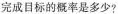
完成目标的概率是多少?